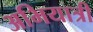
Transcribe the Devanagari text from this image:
अभियात्री